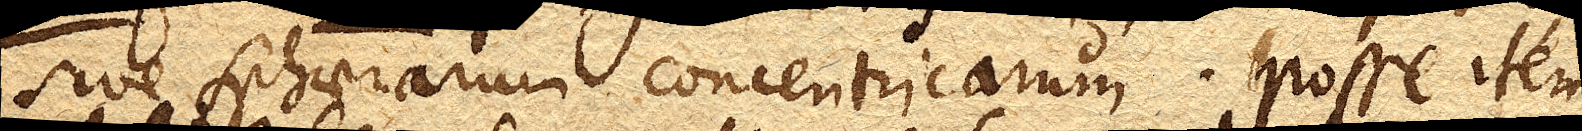
sive sphaerarum concentricarum. Posse item